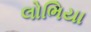
લોભિયા